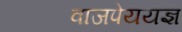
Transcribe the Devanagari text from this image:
वाजपेययज्ञ